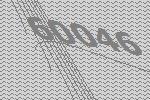
60046